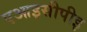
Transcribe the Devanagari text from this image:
एआइसीपीइ